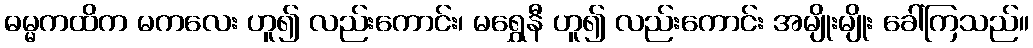
ဓမ္မကထိက မကလေး ဟူ၍ လည်းကောင်း၊ မရွှေနီ ဟူ၍ လည်းကောင်း အမျိုးမျိုး ခေါ်ကြသည်။